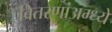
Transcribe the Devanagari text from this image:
वितरणांअम्ध्ये